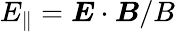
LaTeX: E_{\parallel}=\boldsymbol{E}\cdot\boldsymbol{B}/B